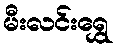
မီးလင်းရွှေ